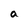
Character: a